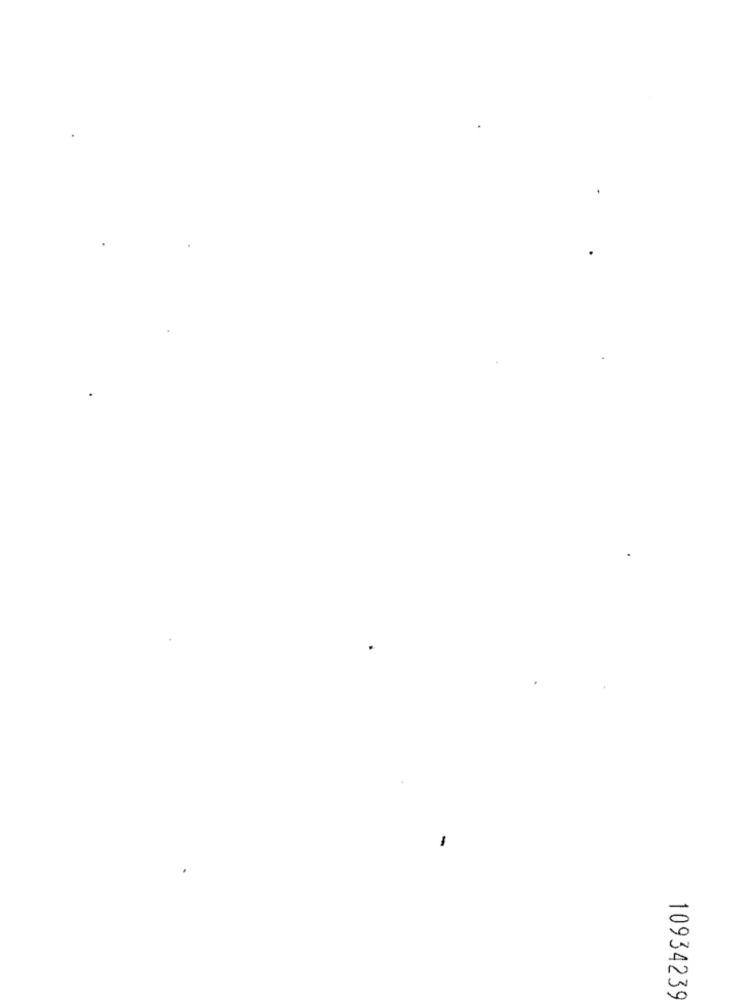
10934239